Civil Veterinary Dept. North-West Frontier Province 1901-22 - 1901-1922
Year: 1901
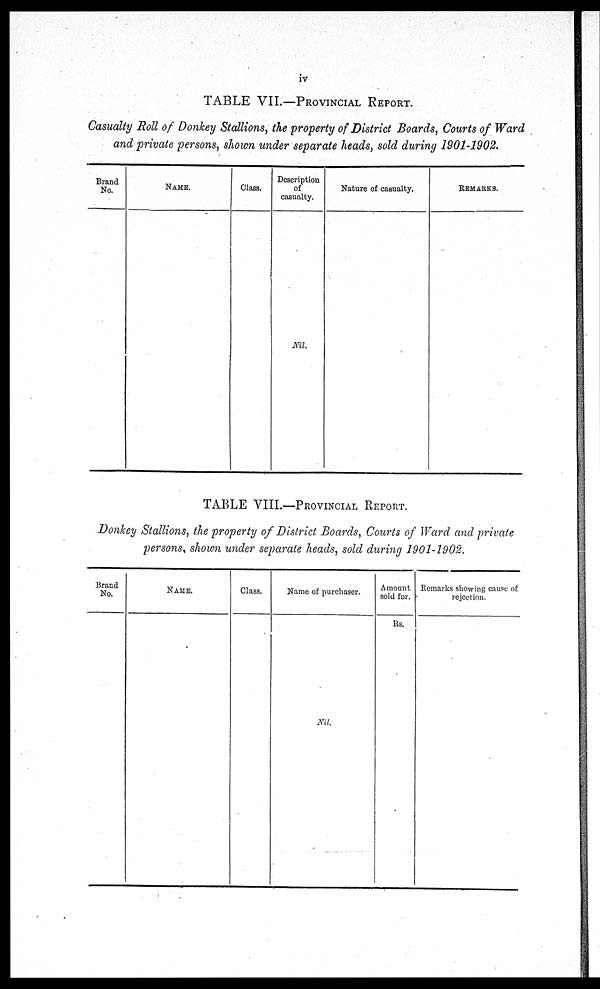
iv
TABLE VII.—PROVINCIAL REPORT.
Casualty Roll of Donkey Stallions, the property of District Boards, Courts of Ward
and private persons, shown under separate heads, sold during 1901-1902.
Brand
No.
NAME.
Class.
Description
of
casualty.
Nil.
Nature of casualty.
REMARKS.
TABLE VIII.—PROVINCIAL REPORT.
Donkey Stallions, the property of District Boards, Courts of Ward and private
persons, shown under separate heads, sold during 1901-1902.
Brand
No.
NAME.
Class.
Name of purchaser.
Nil.
Amount
sold for.
Rs.
Remarks showing cause of
rejection.